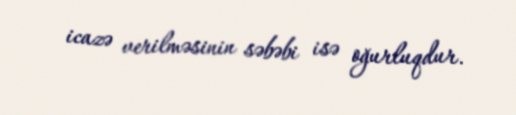
icazə verilməsinin səbəbi isə oğurluqdur.